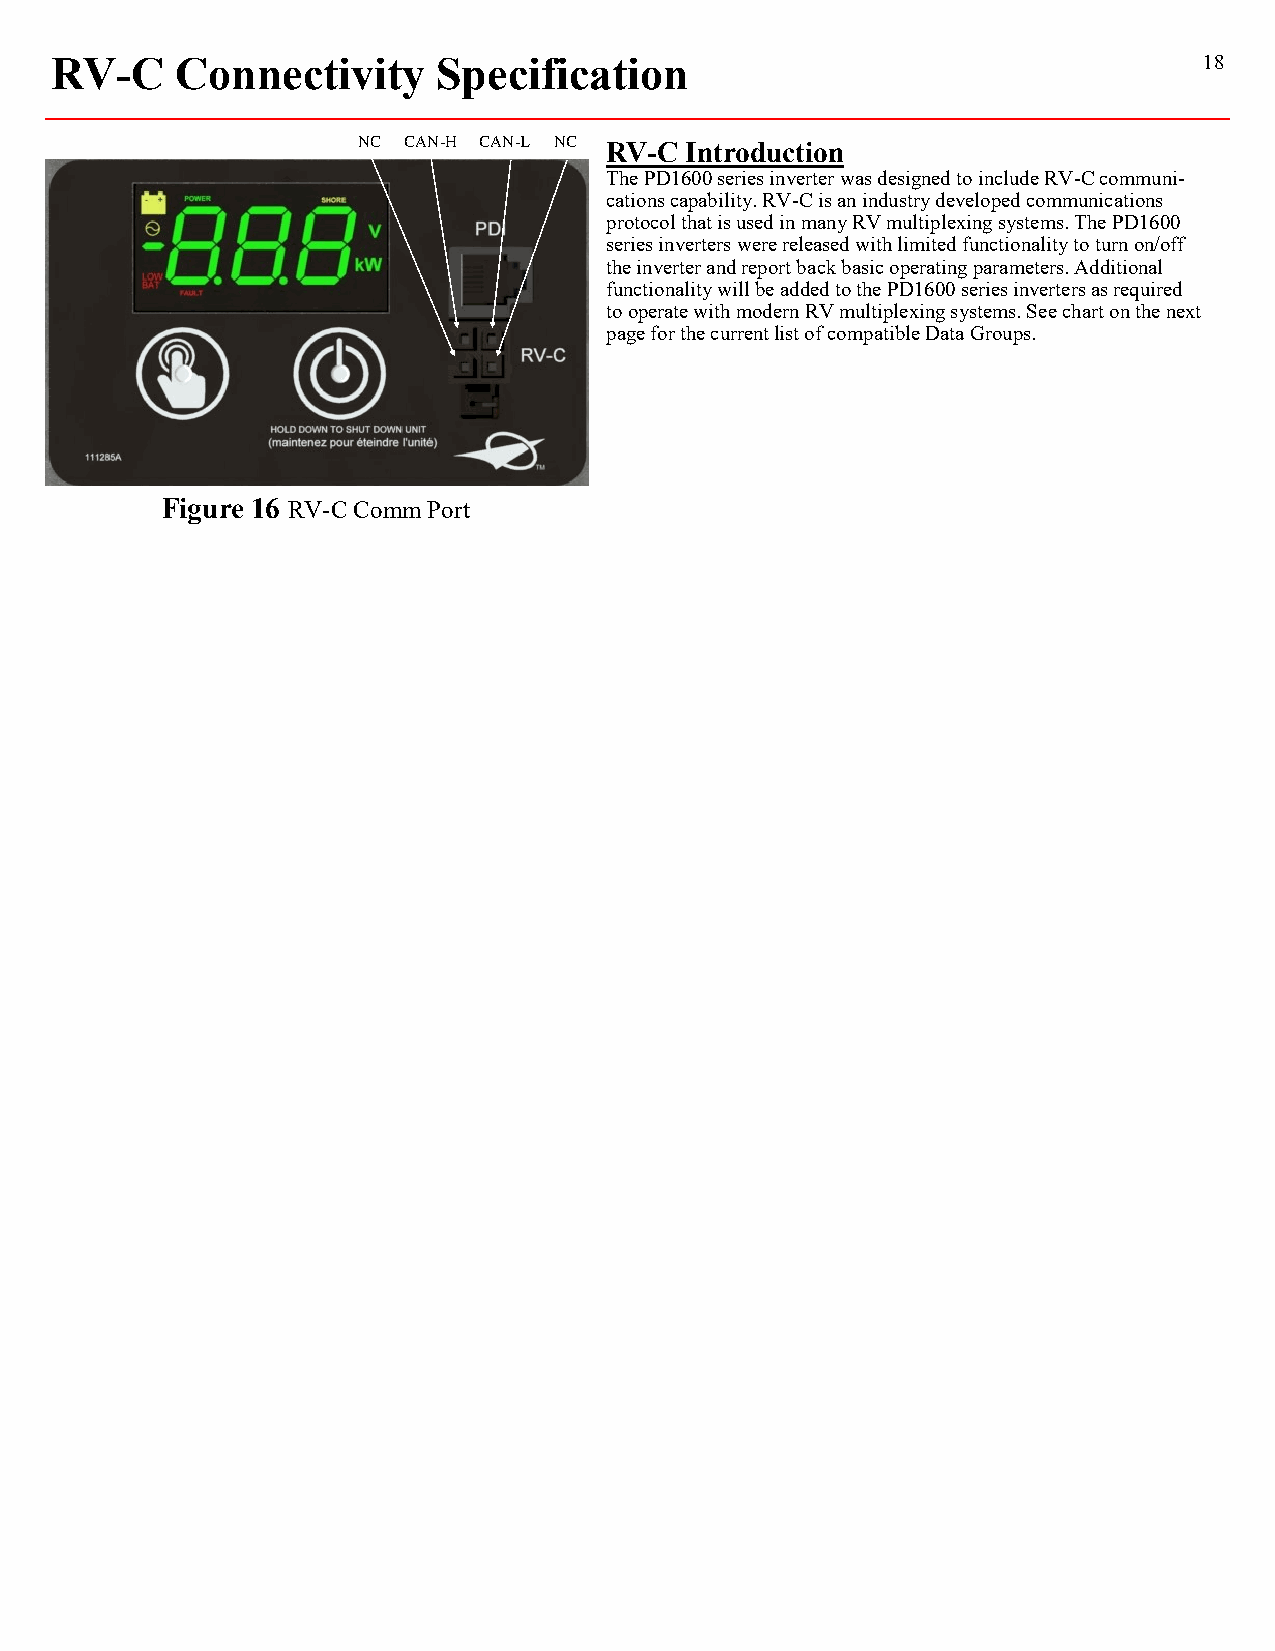
RV-C     Connectivity     Specification                                      18
 NC CAN-H CAN-L NC RV-C Introduction
 The PD1600 series inverter was designed to include RV-C communi-
 cations capability. RV-C is an industry developed communications
 protocol that is used in many RV multiplexing systems. The PD1600
 series inverters were released with limited functionality to turn on/off
 the inverter and report back basic operating parameters. Additional
 functionality will be added to the PD1600 series inverters as required
 to operate with modern RV multiplexing systems. See chart on the next
 page for the current list of compatible Data Groups.
 Figure 16 RV-C Comm Port